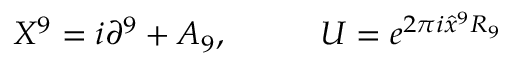
X ^ { 9 } = i \partial ^ { 9 } + A _ { 9 } , \; \; \; \; \; \; \; \; \; \; U = e ^ { 2 \pi i \hat { x } ^ { 9 } R _ { 9 } }